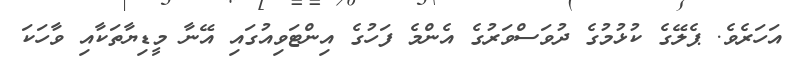
އަހަރެވެ. ޕެލޭގެ ކުޅުމުގެ ދުވަސްވަރުގެ އެންމެ ފަހުގެ އިންޓަވިއުގައި އޭނާ މީޑިޔާތަކާއި ވާހަކަ